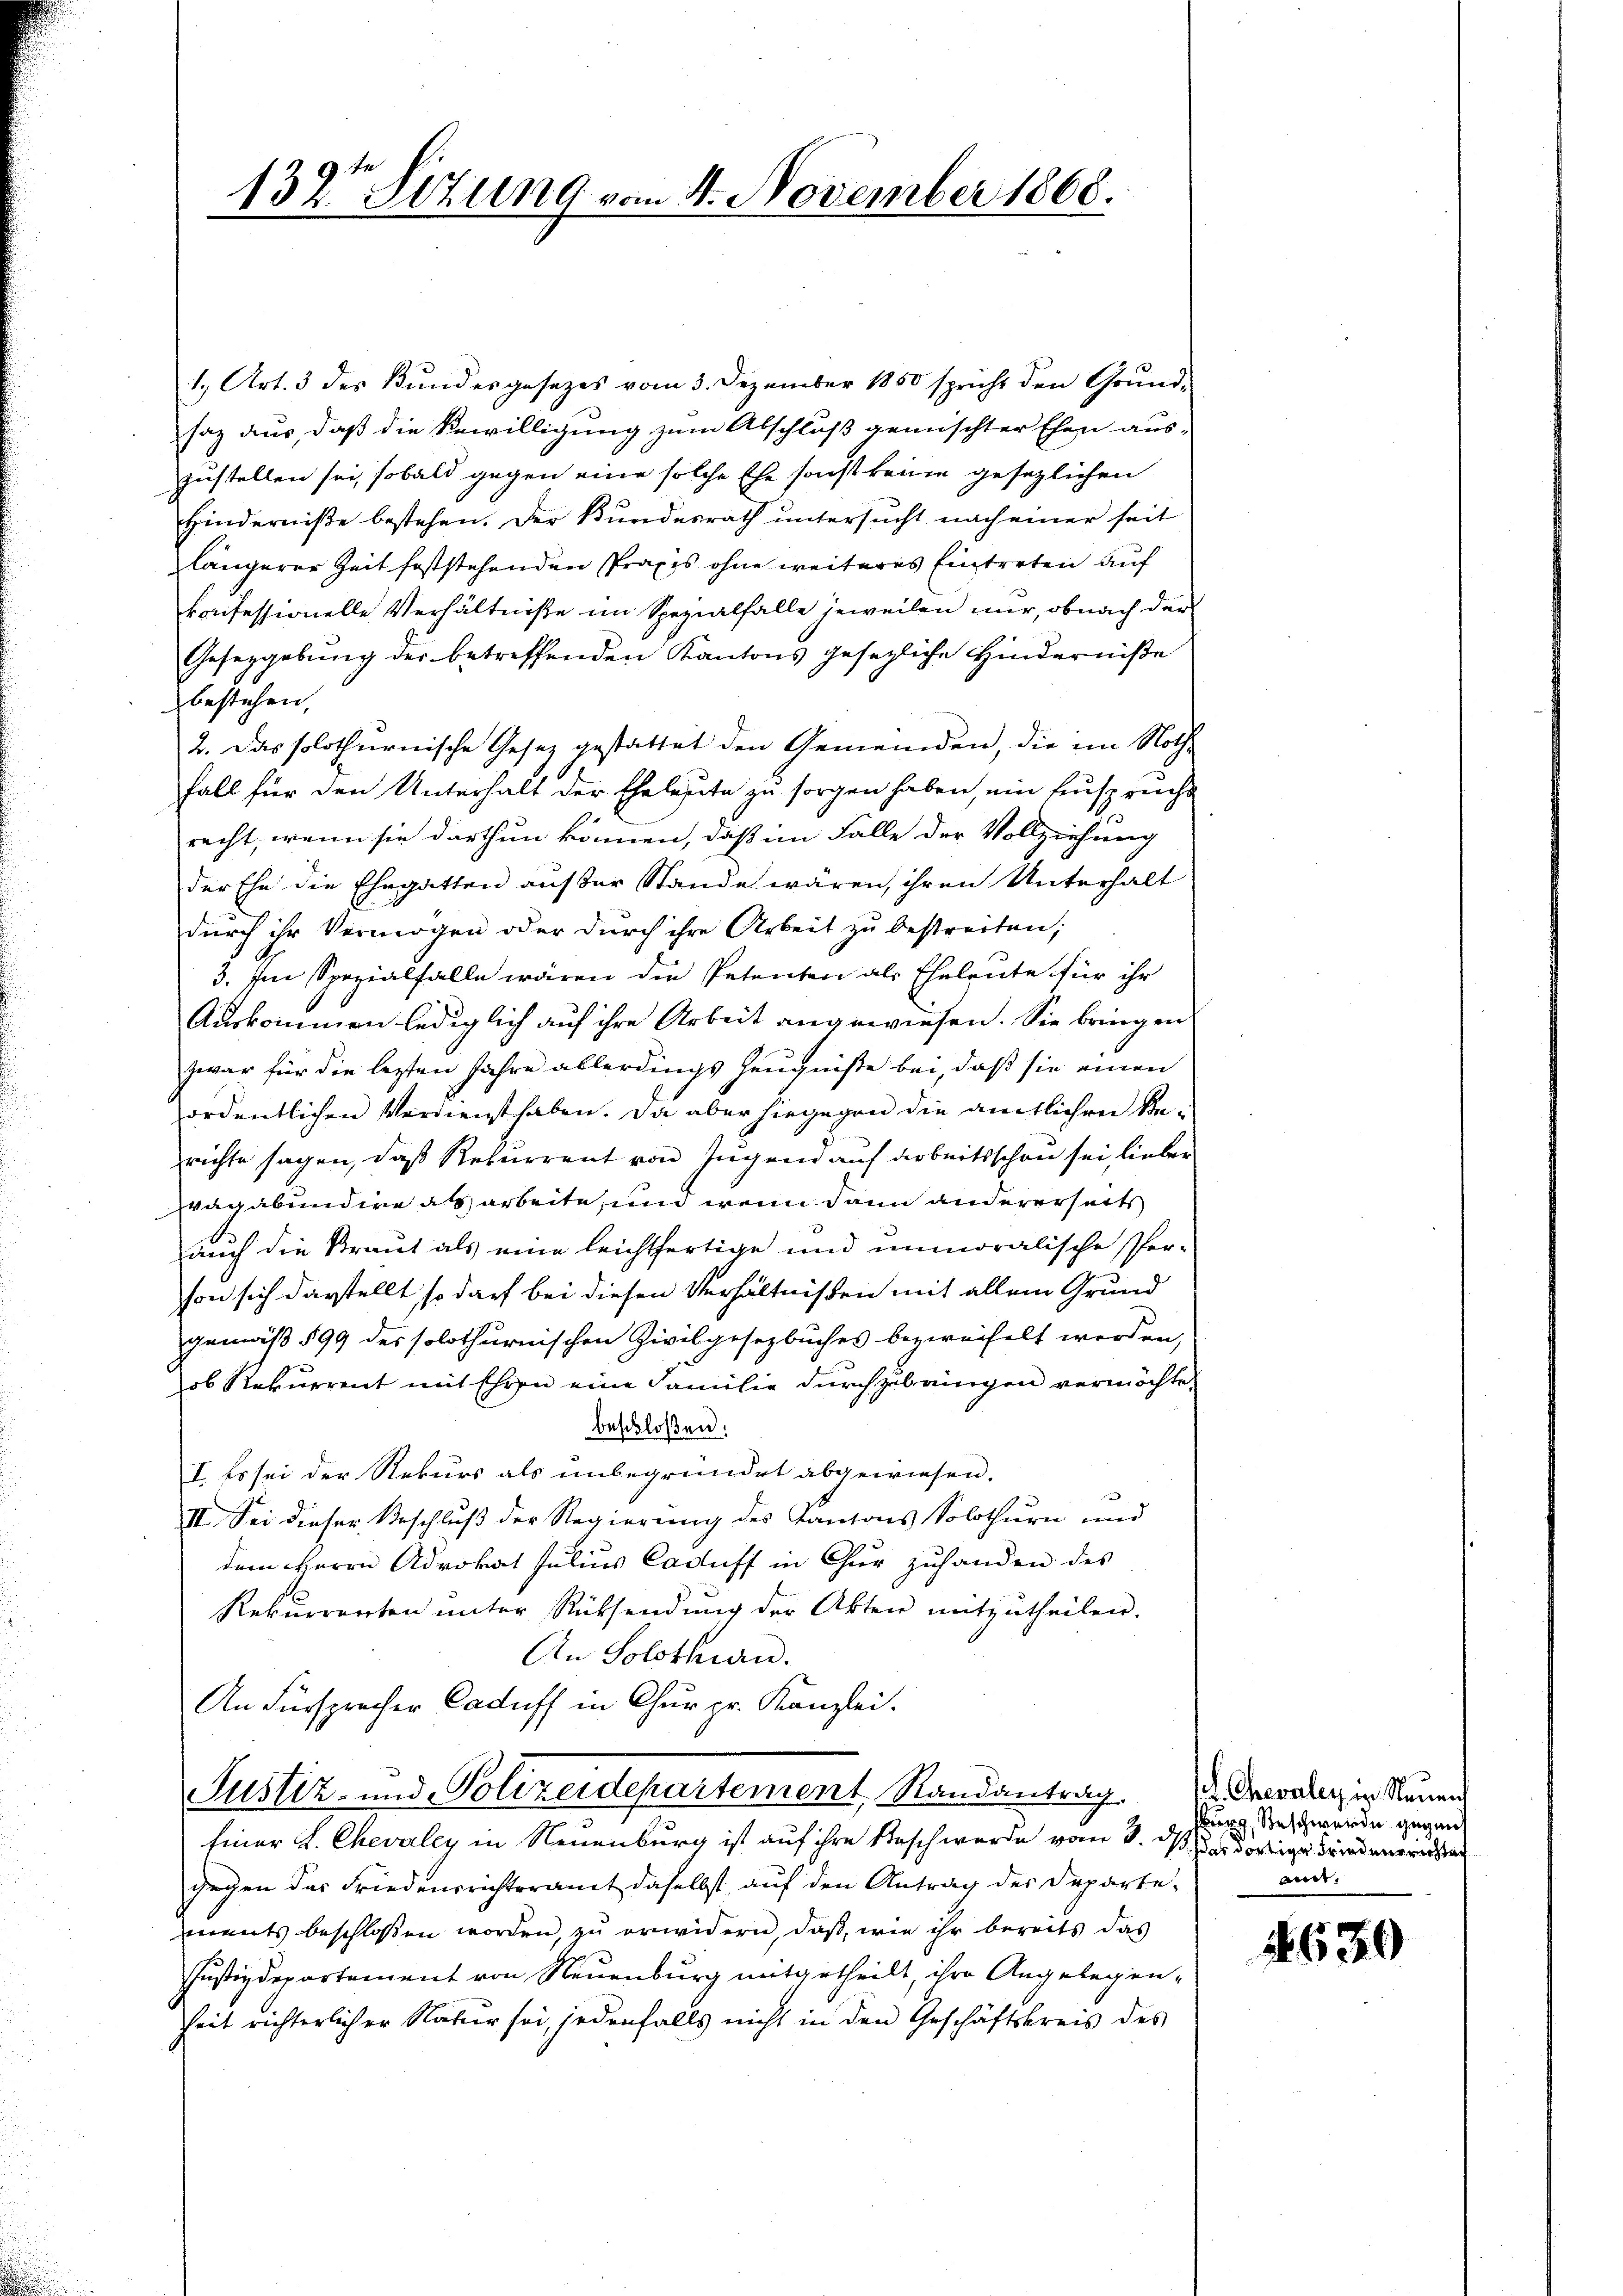
132te Situng vom 4. November 1868.

1., Art. 3 des Bŭndesgesezes vom 3. Dezember 1850 spricht den Grŭnd-
saz aus, daß die Bewilligung zum Abschluß gemischter Ehen aus-
zustellen sei, sobald gegen eine solche Ehe sonst keine gesezlichen
Hinderniße bestehen. Der Bundesrath untersucht nach einer seit
längerer Zeit feststehenden Praxis ohne weiteres Eintreten auf
konfessionelle Verhältniße im Spezialfalle jeweilen nur, ob nach der
Gesezgebung der betreffenden Kantons gesezliche Hinderniße
bestehen,
2. Das solothurnische Gesetz gestattet den Gemeinden, die im Noth
Fall für den Unterhalt der Eheleute zu sorgen haben, ein Einsprucht
recht, wenn sie darthun können, daß im Falle der Vollziehung
der Ehe die Ehegatten ausser Stande wären, ihren Unterhalt
durch ihr Vermögen oder durch ihre Arbeit zu bestreiten,
3. Im Spezialfalle wären die Petenten als Eheleute für ihr
Auskommen lediglich auf ihre Arbeit angewiesen. Sie bringen
zwar für die lezten Jahre allerdings Zeugniße bei, daß sie einen
ordentlichen Verdienst haben. Da aber hiegegen die amtlichen Rerichte sagen, daß Rekurrent von Jugend auf arbeitsschon sei, lieber
vagabundire als arbeite, und wenn dann andererseits
auch die Straut als eine leichtfertige und unmoralische Per-
son sich darstellt, so darf bei diesen Verhältnißen mit allem Grund
gemäß § 99 des solothurnischen Zivilgesezbuches bezweifelt werden,
ob Rekurrent mit Ehren eine Familie durchzubringen vermöchte,
beschloßen:
I. Es sei der Rekurs als unbegründet abgewiesen.
d
II. Sei dieser Beschluß der Regierung des Kantons Solothurn und
dem Herrn Advokat Julius Caduff in Chur zuhanden des
Rekurrenten unter Rücksendung der Akten mitzutheilen.
An Solothurn.
An Fürsprecher Caduff in Chur pr. Kanzlei.
Justiz- und Polizeidepartement, Randantrag
Einer L. Chevaley in Neuenburg ist auf ihre Beschwerde vom 3. Kundortige Friederrestat
gegen das Friedensrichteramt daselbst auf den Antrag der Departements beschlossen worden, zu erwidern, daß, wie ihr bereits das
Justizdepartement von Neuenburg mitgetheilt, ihre Angelegenheit richterlicher Natur sei, jedenfalls nicht in den Geschäftskreis des

ch Chevaley in Neuen
erg, Beschwerde gegens
and.

4630